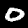
Label: 0